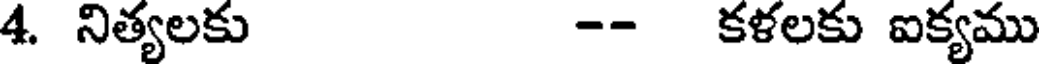
4. నిత్యలకు -- కళలకు ఐక్యము